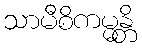
သာမီစိကမ္မန္တိ